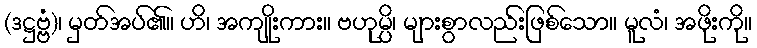
(ဒဋ္ဌဗ္ဗံ)၊ မှတ်အပ်၏။ ဟိ၊ အကျိုးကား။ ဗဟုမ္ပိ၊ များစွာလည်းဖြစ်သော။ မူလံ၊ အဖိုးကို။